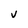
Character: v